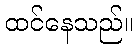
ထင်နေသည်။